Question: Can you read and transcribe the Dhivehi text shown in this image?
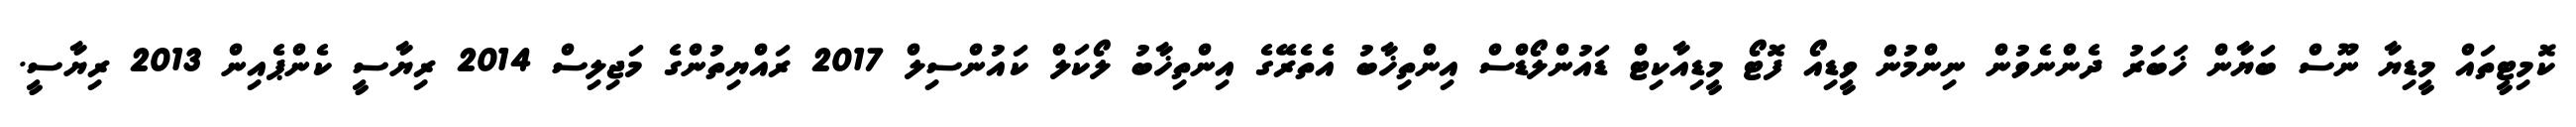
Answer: ކޮމިޓީތައް މީޑިޔާ ނޫސް ބަޔާން ޚަބަރު ދެންނެވުން ނިންމުން ވީޑިއޯ ފޮޓޯ މީޑިއާކިޓް ޑައުންލޯޑްސް އިންތިޚާބު އެތެރޭގެ އިންތިޚާބު ލޯކަލް ކައުންސިލް 2017 ރައްޔިތުންގެ މަޖިލިސް 2014 ރިޔާސީ ކެންޕެއިން 2013 ރިޔާސީ.